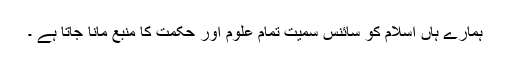
ہمارے ہاں اسلام کو سائنس سمیت تمام علوم اور حکمت کا منبع مانا جاتا ہے ۔